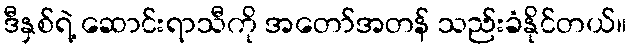
ဒီနှစ်ရဲ့ ဆောင်းရာသီကို အတော်အတန် သည်းခံနိုင်တယ်။